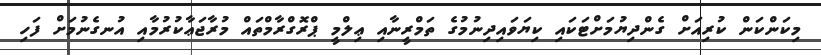
މިކަންކަން ކުރިއަށް ގެންދިޔުމަށްޓަކައި ކިޔަވައިދިނުމުގެ ތަމްރީނާއި ޢިލްމީ ޕްރޮގްރާމްތައް މުރާޖަޢާކުރުމާއި އުނގެނުމަށް ފަހި